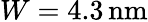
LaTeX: W=4.3\, \mathrm{nm}